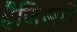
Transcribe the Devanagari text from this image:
हैजिसमें